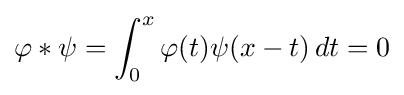
\varphi *\psi =\int _{0}^{x}\varphi (t)\psi (x-t)\,dt=0